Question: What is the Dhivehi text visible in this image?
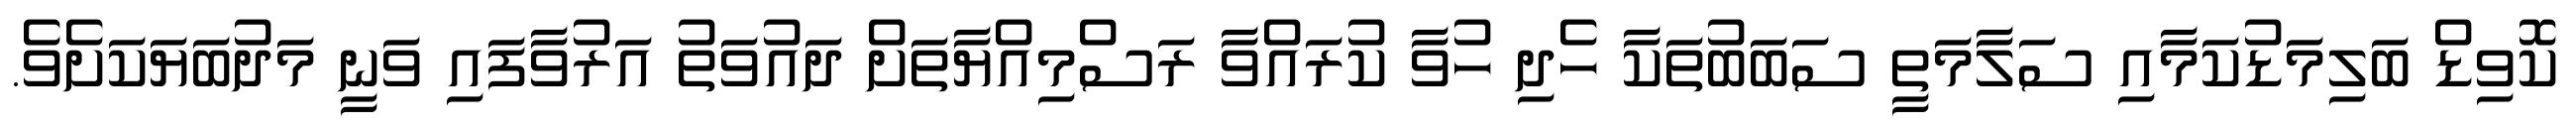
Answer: ކޮވިޑް ބަލިމަޑުކަމާއި ސަލާމަތީ ސަބަބުތަކާ ހެދި ހުވާ ކުރައްވާ ރަސްމިއްޔާތަށް ދައުވަތު އަރުވާފައި ވަނީ މަދުބަޔަކަށެވެ.